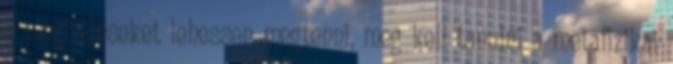
a megítéléseket lehessen megtenni, meg kell tanulni a metafizikai